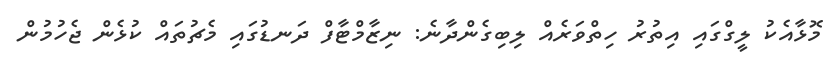
މޮޅާއެކު ލީގްގައި އިތުރު ހިތްވަރެއް ލިބިގެންދާނެ: ނިޒާމްޓާފް ދަނޑުގައި މެޗުތައް ކުޅެން ޖެހުމުން